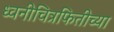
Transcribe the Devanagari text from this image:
ध्वनीचित्रफितीच्या